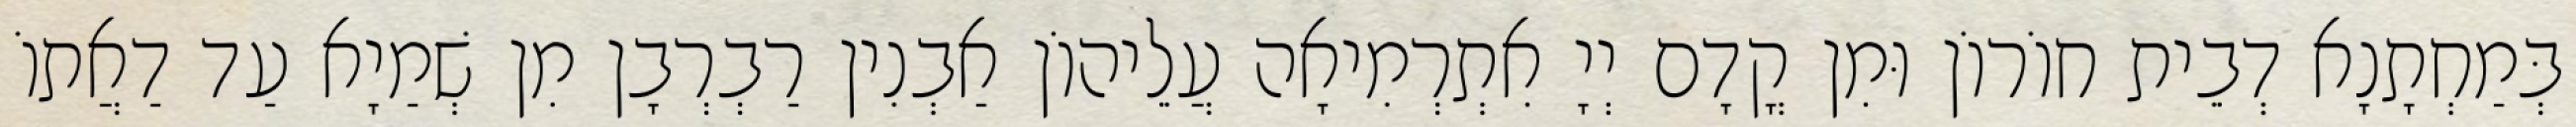
בְּמַחְתָנָא דְבֵית חוֹרוֹן וּמִן קֳדָם יְיָ אִתְרְמִיאָה עֲלֵיהוֹן אַבְנִין רַבְרְבָן מִן שְׁמַיָא עַד דַאֲתוֹ